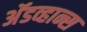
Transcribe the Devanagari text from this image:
अॅडव्हान्स